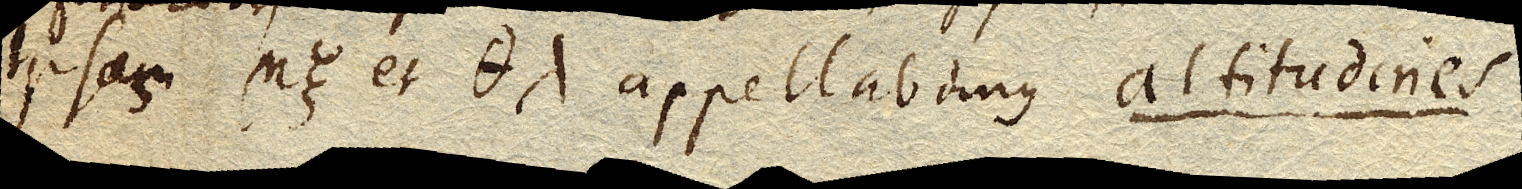
Ipsas ηξ et θλ appellabimus altitudines